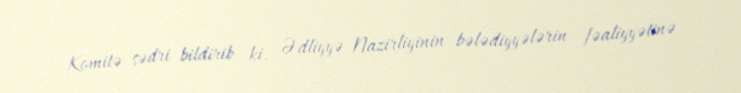
Komitə sədri bildirib ki, Ədliyyə Nazirliyinin bələdiyyələrin fəaliyyətinə